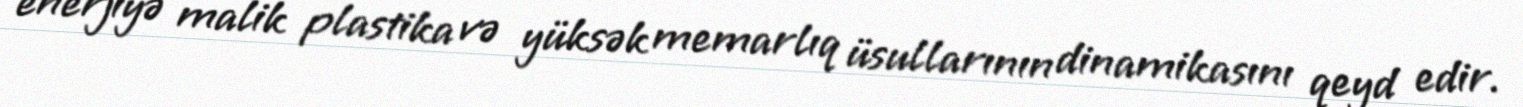
enerjiyə malik plastika və yüksək memarlıq üsullarının dinamikasını qeyd edir.